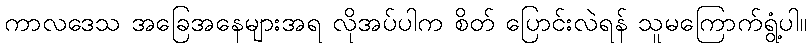
ကာလဒေသ အခြေအနေများအရ လိုအပ်ပါက စိတ် ပြောင်းလဲရန် သူမကြောက်ရွံ့ပါ။